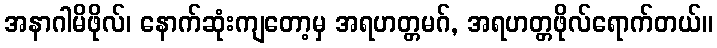
အနာဂါမိဖိုလ်၊ နောက်ဆုံးကျတော့မှ အရဟတ္တမဂ်, အရဟတ္တဖိုလ်ရောက်တယ်။